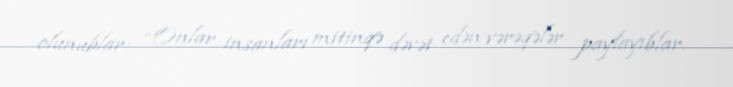
olunublar: “Onlar insanları mitinqə dəvət edən vərəqələr paylayıblar.